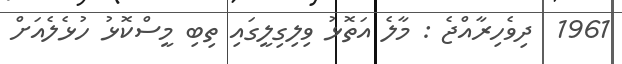
1961  ދިވެހިރާއްޖެ : މާލެ އަތޮޅު ވިލިގިލީގައި ތިބި މީސްކޮޅު ހުޅެލެއަށް